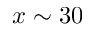
x \sim 3 0